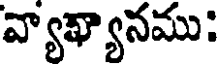
వ్యాఖ్యానము: